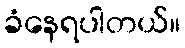
ခံနေရပါတယ်။